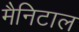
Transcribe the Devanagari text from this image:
मैनिटाल